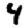
Digit: 4